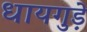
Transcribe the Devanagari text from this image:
धायगुड़े